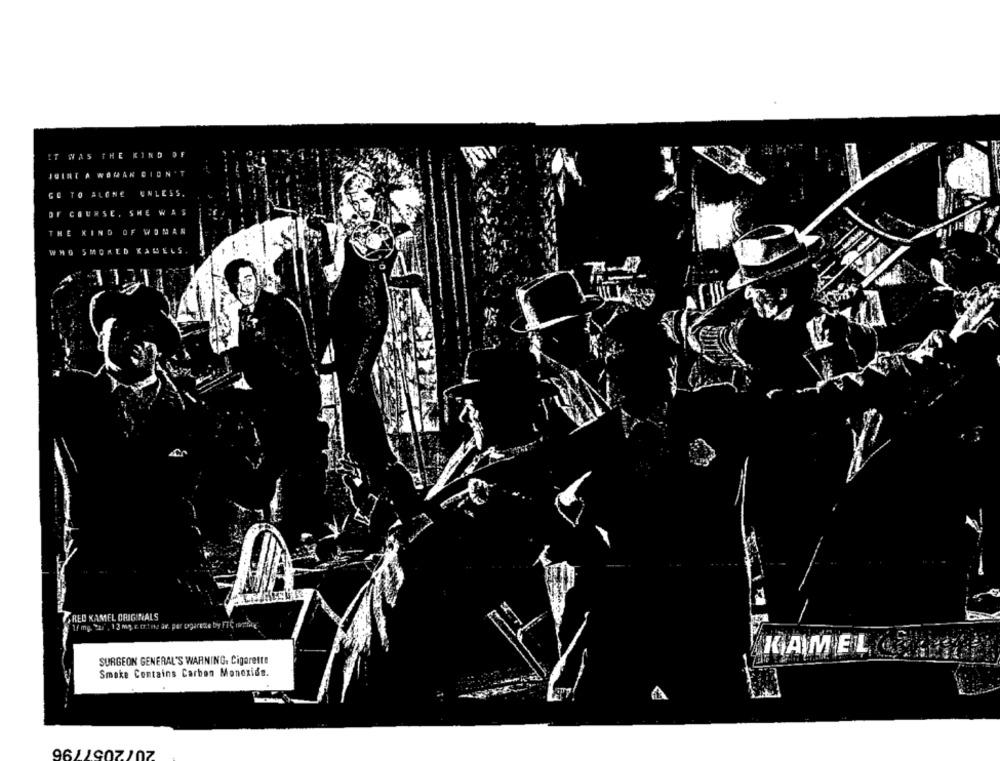
THE KIND OF
IT WAS
UINT A
W
MAN
CN
GO TO
ALONE
UNLESS.
COURSE , SHE
WOMAN
THE
KIND
W MO
SMOKED KABELS.
RED KAMEL ORIGINALS
If mg. Szi , 1 3 mg. E ttine av. per pagarette by FTC intrik
KAMEL
SURGEON GENERAL'S WARNING. Cigarette
Smoke Contains Carbon Monoxide.
2057796